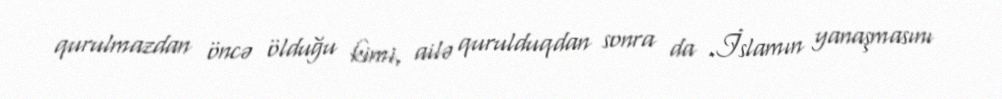
qurulmazdan öncə ölduğu kimi, ailə qurulduqdan sonra da .İslamın yanaşmasını